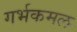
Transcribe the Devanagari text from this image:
गर्भकमल